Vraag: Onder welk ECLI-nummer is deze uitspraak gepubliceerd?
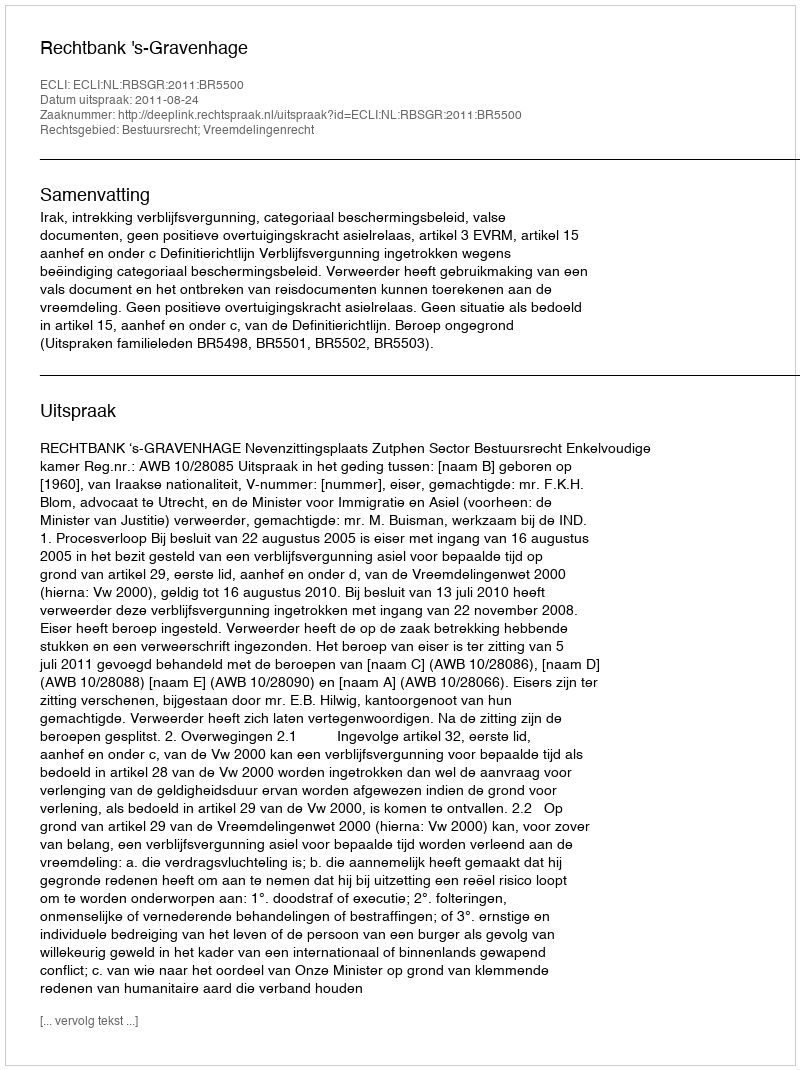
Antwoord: ECLI:NL:RBSGR:2011:BR5500